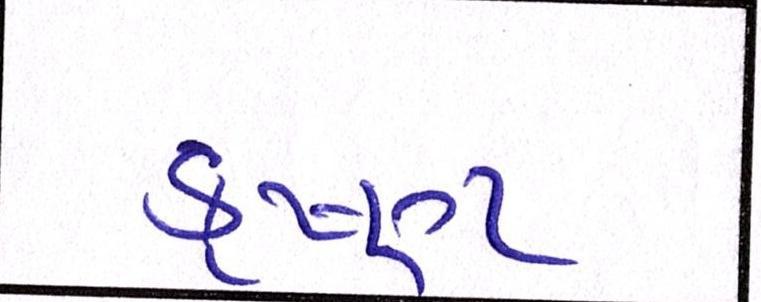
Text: કૃષ્ણ